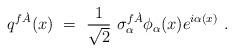
LaTeX: \begin{align*}q^{f\dot A}(x)\ =\ \frac1{\sqrt2}\ \sigma^{f\dot A}_\alpha\phi_\alpha(x) e^{i\alpha(x)}\ .\end{align*}